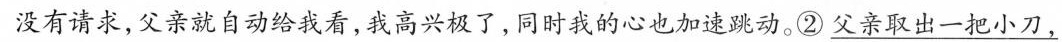
没有请求，父亲就自动给我看，我高兴极了，同时我的心也加速跳动。②\underline{父亲取出一把小刀，}